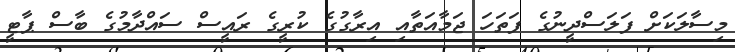
މިސާލަކަށް ފަލަސްދީނުގެ ފަތަހަ ޖަމާއަތާއި އިރާގުގެ ކުރީގެ ރައީސް ސައްދާމުގެ ބާސް ޕާޓީ